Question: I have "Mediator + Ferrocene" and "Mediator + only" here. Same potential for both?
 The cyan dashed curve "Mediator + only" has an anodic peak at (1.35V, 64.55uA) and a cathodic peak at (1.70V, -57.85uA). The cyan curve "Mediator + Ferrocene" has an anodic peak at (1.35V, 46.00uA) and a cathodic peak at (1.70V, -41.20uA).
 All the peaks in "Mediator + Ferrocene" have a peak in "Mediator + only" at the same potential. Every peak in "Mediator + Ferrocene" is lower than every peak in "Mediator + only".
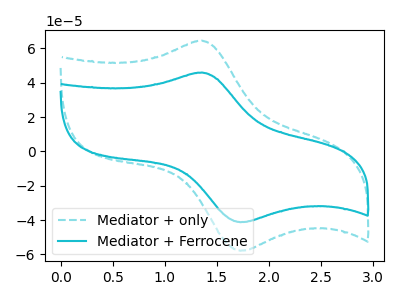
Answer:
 <answer>"Mediator + Ferrocene" and "Mediator + only" are similar in shape.</answer>
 <eval>same_shape</eval>